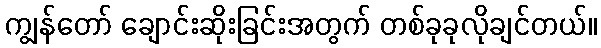
ကျွန်တော် ချောင်းဆိုးခြင်းအတွက် တစ်ခုခုလိုချင်တယ်။